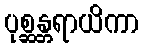
ပုစ္ဆန္တရာယိကာ